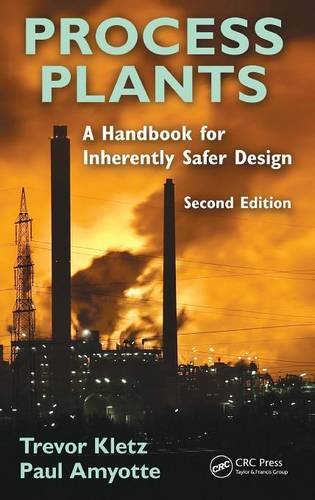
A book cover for Process Plants: A Handbook for Inherently Safer Design, Second Edition; Trevor A. Kletz; Science & Math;